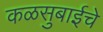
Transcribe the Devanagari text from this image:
कळसुबाईचे